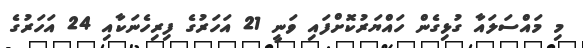
މި މައްސަލައާ ގުޅިގެން ހައްޔަރުކޮށްފައި ވަނީ 21 އަހަރުގެ ފިރިހެނަކާއި 24 އަހަރުގެ